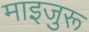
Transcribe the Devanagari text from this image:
माइजुरू